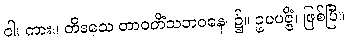
ဝါ၊ ကား။ တိဒသေ တာဝတိံသဘဝနေ၊ ၌။ ဥပပဇ္ဇိံ၊ ဖြစ်ပြီ။